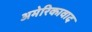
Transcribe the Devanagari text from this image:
अमेरिकावाद